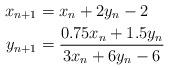
LaTeX: \begin{align*}x_{n+1} & =x_{n}+2y_{n}-2\\y_{n+1} & =\frac{0.75x_{n}+1.5y_{n}}{3x_{n}+6y_{n}-6}\end{align*}